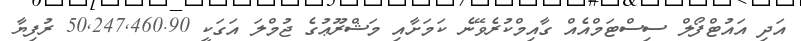
އަދި އައުޓްފޯލް ސިސްޓަމްއެއް ގާއިމްކުރެވޭނެ ކަމަށާއި މަޝްރޫޢުގެ ޖުމްލަ އަގަކީ 50